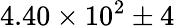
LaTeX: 4.40\times 10^{2}\pm 4